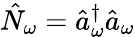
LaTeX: \hat{N}_{\omega}=\hat{a}_{\omega}^{\dagger}\hat{a}_{\omega}